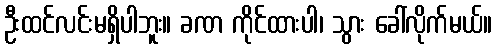
ဦးထင်လင်းမရှိပါဘူး။ ခဏ ကိုင်ထားပါ၊ သွား ခေါ်လိုက်မယ်။